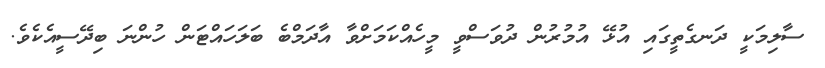
ސާލިމަކީ ދަނގެތީގައި އުޅޭ އުމުރުން ދުވަސްވީ މީހެއްކަމަށްވާ އާދަމްބެ ބަލަހައްޓަން ހުންނަ ބިދޭސީއެކެވެ.